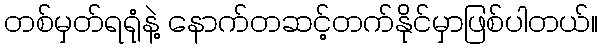
တစ်မှတ်ရရုံနဲ့ နောက်တဆင့်တက်နိုင်မှာဖြစ်ပါတယ်။